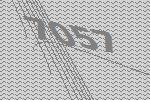
7057